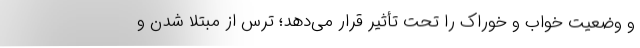
و وضعیت خواب و خوراک را تحت تأثیر قرار می‌دهد؛ ترس از مبتلا شدن و